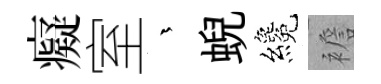
癡室茫蜺纔襜